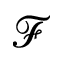
\mathcal { F }